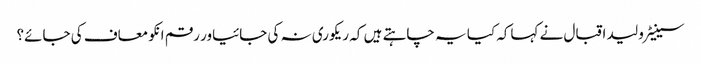
سینیٹر ولید اقبال نے کہاکہ کیا یہ چاہتے ہیں کہ ریکوری نہ کی جائیاور رقم انکو معاف کی جائے؟